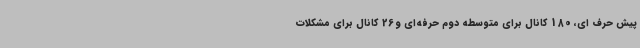
پیش حرف‌ ای، 180 کانال برای متوسطه دوم حرفه‌ای و26 کانال برای مشکلات